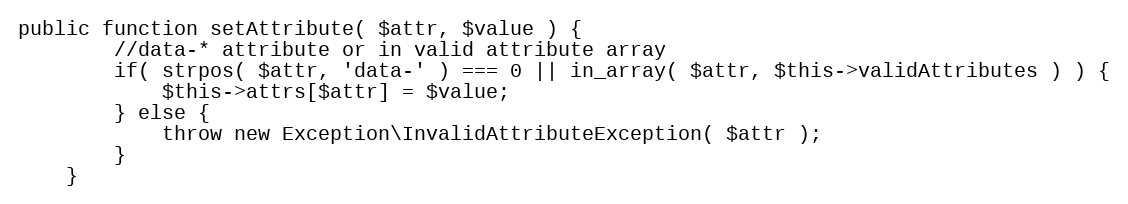
Language: PHP
public function setAttribute( $attr, $value ) {
        //data-* attribute or in valid attribute array
        if( strpos( $attr, 'data-' ) === 0 || in_array( $attr, $this->validAttributes ) ) {
            $this->attrs[$attr] = $value;
        } else {
            throw new Exception\InvalidAttributeException( $attr );
        }
    }